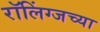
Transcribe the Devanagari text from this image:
रॉलिंग्जच्या